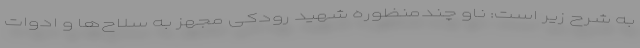
به شرح زیر است: ناو چندمنظوره شهید رودکی مجهز به سلاح‌ها و ادوات